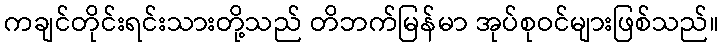
ကချင်တိုင်းရင်းသားတို့သည် တိဘက်မြန်မာ အုပ်စုဝင်များဖြစ်သည်။